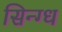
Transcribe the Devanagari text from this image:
सिन्ग्ध